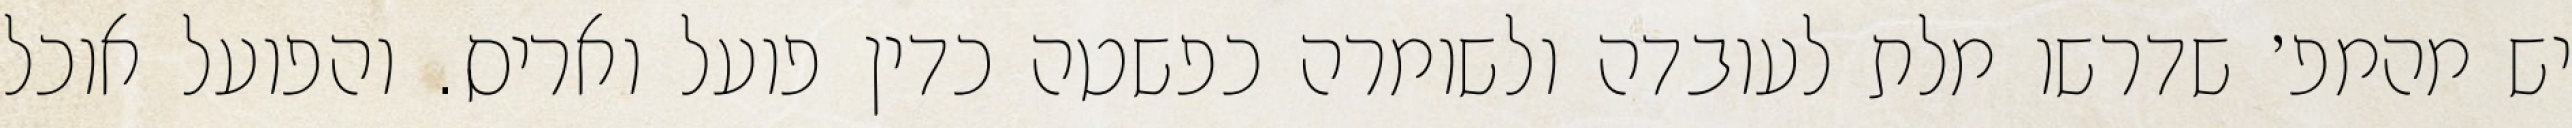
יש מהמפ׳ שדרשו מלת לעובדה ולשומרה כפשטה כדין פועל ואריס. והפועל אוכל